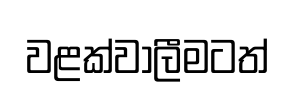
වළක්වාලීමටත්